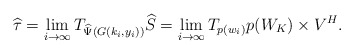
\begin{align*} \widehat{\tau} = \lim_{i\rightarrow \infty} T_{\widehat{\Psi} (G(k_i,y_i))} \widehat{S} = \lim_{i\rightarrow \infty} T_{p(w_i)}p(W_K) \times V^H .\end{align*}